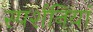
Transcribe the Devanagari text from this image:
स्पर्शनियां